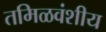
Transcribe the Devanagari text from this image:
तमिळवंशीय